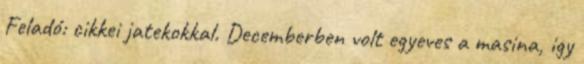
Feladó: cikkei jatekokkal. Decemberben volt egyeves a masina, igy